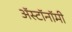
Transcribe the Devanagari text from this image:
ॲस्टॉनॉमी